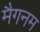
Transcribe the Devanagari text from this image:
मैगनम